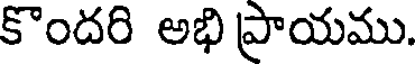
కొందరి అభి ప్రాయము.